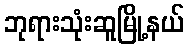
ဘုရားသုံးဆူမြို့နယ်